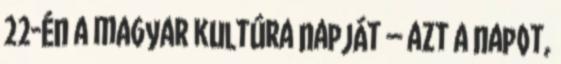
22-én a magyar kultúra napját – azt a napot,